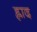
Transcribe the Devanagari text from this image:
ह्लाद